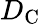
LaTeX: D_{\mathrm{C}}